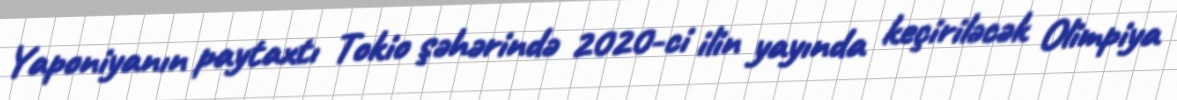
Yaponiyanın paytaxtı Tokio şəhərində 2020-ci ilin yayında keçiriləcək Olimpiya